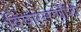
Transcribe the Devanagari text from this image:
विचारसरणींशी